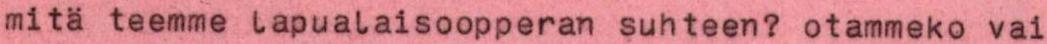
mitä teemme lapualaisoopperan suhteen? otammeko vai